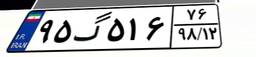
۹۵گ۵۱۶۷۶